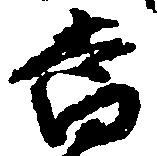
当